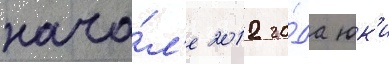
нача́л'е 2012 го́да юк'и